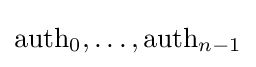
{\text{auth}}_{0},\ldots ,{\text{auth}}_{n-1}